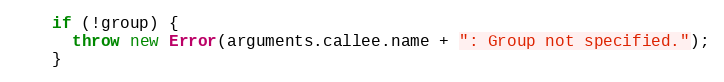
Language: JavaScript
    if (!group) {
      throw new Error(arguments.callee.name + ": Group not specified.");
    }